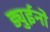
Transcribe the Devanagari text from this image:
ड्युईनो